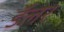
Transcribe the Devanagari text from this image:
डॅलर